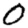
Digit: 0